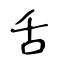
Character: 舌